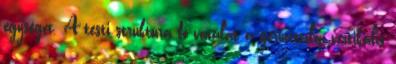
egységét. A testi struktúra fő vonalát a gerincoszlop vertikális